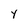
Character: Y